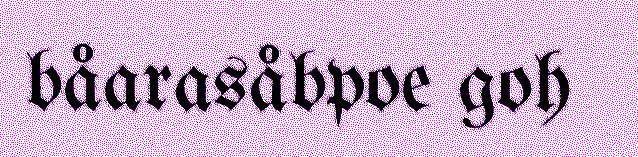
båarasåbpoe goh